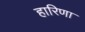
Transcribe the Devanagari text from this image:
हारिणा